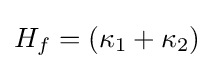
H_{f}=(\kappa _{1}+\kappa _{2})